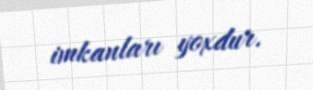
imkanları yoxdur.